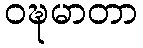
ဝဍ္ဎမာတာ